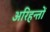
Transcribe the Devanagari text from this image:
अरिहन्तों